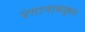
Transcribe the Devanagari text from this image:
रंगानायकुल